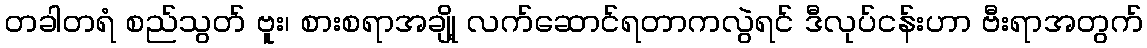
တခါတရံ စည်သွတ် ဗူး၊ စားစရာအချို့ လက်ဆောင်ရတာကလွဲရင် ဒီလုပ်ငန်းဟာ ဗီးရာအတွက်